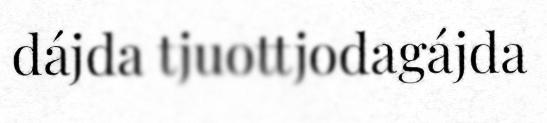
dájda tjuottjodagájda